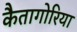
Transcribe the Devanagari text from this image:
कैतागोरिया